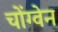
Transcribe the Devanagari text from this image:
चोंग्वेन